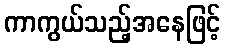
ကာကွယ်သည့်အနေဖြင့်